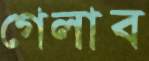
গেলাব